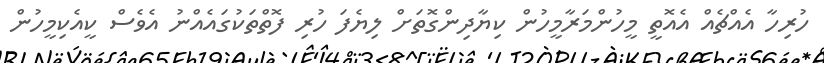
ހުރިހާ އެއްޗެއް އެއޮތީ މީހުންމަރާމީހުން ކިޔާދިންގޮތަށް ލިޔެފަ ހުރި ފޮތްތަކުގައެއްނު އެވެސް ކީއެކިމީހުން